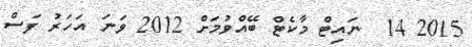
2015 14  ނައިޓް މާކެޓް ބޭއްވުމަށް 2012 ވަނަ އަހަރު ފަސް